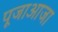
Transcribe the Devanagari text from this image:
पूजाआजा